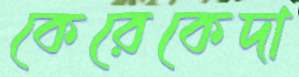
কেরেকেদা